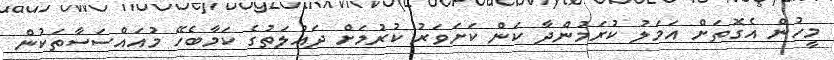
މީހުން އެގޮތަށް އަމަލު ކުރަމުންދާ ކަން ކަށަވަރު ކުރުމަށް ދައުލަތުގެ ކަމާބެހޭ މުއައްސަސާތަކުން